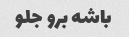
باشه برو جلو